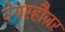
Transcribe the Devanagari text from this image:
वेयरहौज़र